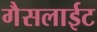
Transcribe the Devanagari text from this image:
गैसलाईट